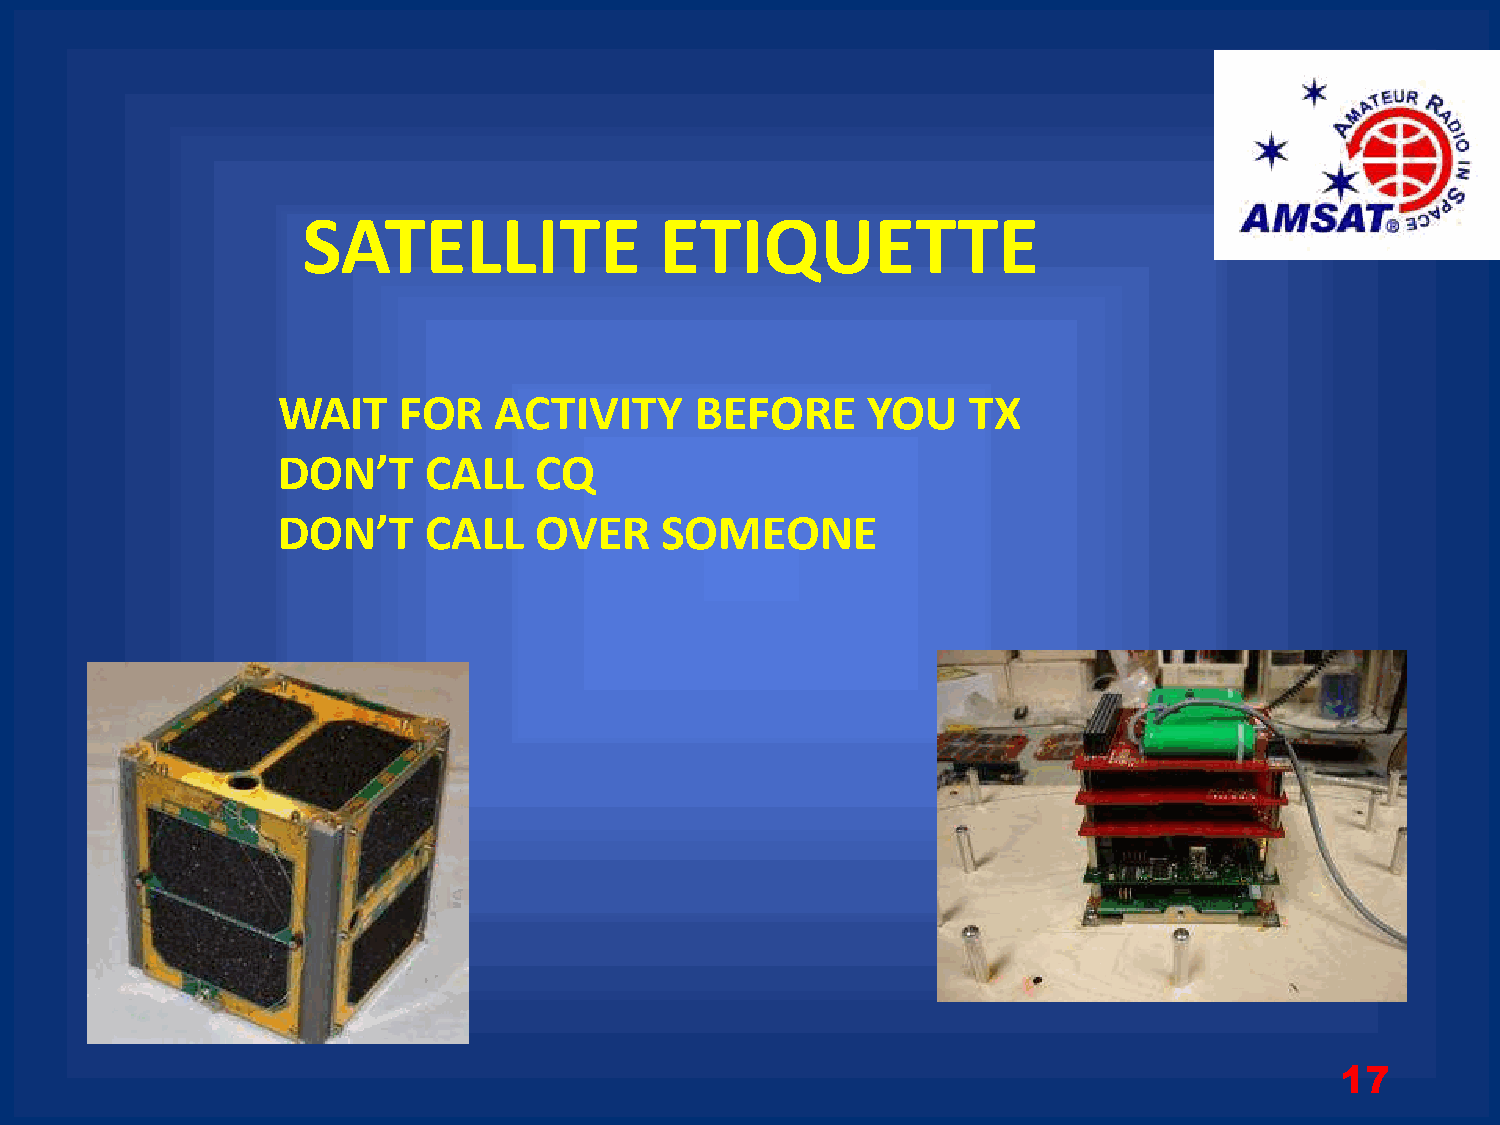
SATELLITE               ETIQUETTE
 WAIT    FOR    ACTIVITY     BEFORE     YOU    TX
 DON’T     CALL   CQ
 DON’T     CALL   OVER     SOMEONE
 17